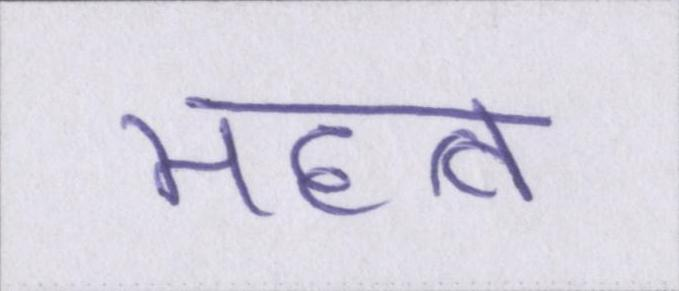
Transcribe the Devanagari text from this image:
महत्व